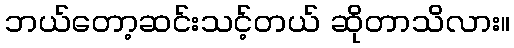
ဘယ်တော့ဆင်းသင့်တယ် ဆိုတာသိလား။